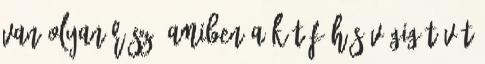
Van olyan rész, amiben a két főhős végig tévét